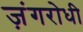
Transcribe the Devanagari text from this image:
ज़ंगरोधी